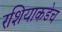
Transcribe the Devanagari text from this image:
रशियाकडेच